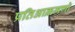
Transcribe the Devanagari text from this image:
प्रतिआक्रमणो